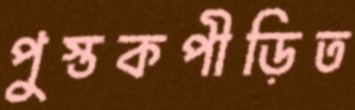
পুস্তকপীড়িত